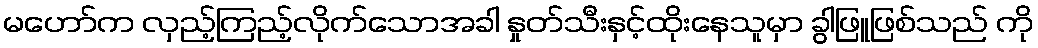
မဟော်က လှည့်ကြည့်လိုက်သောအခါ နှုတ်သီးနှင့်ထိုးနေသူမှာ ခွါဖြူဖြစ်သည် ကို